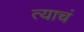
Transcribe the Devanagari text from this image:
त्‍याचं